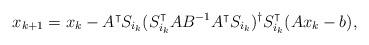
LaTeX: \begin{align*}x_{k+1} = x_k - A^\intercal S_{i_k} (S_{i_k}^\intercal A B^{-1} A^\intercal S_{i_k} )^\dagger S_{i_k}^\intercal (A x_k - b),\end{align*}